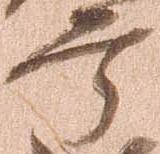
宰